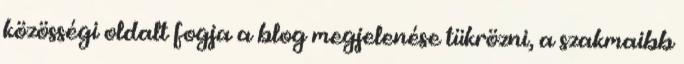
közösségi oldalt fogja a blog megjelenése tükrözni, a szakmaibb